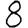
Digit: 8